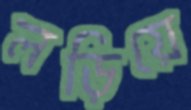
লড়িয়ে